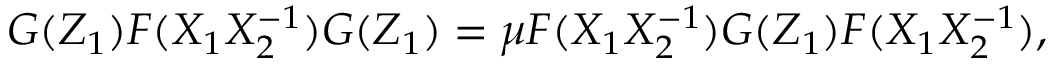
G ( Z _ { 1 } ) F ( X _ { 1 } X _ { 2 } ^ { - 1 } ) G ( Z _ { 1 } ) = \mu F ( X _ { 1 } X _ { 2 } ^ { - 1 } ) G ( Z _ { 1 } ) F ( X _ { 1 } X _ { 2 } ^ { - 1 } ) ,